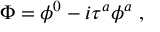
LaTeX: \Phi = \phi ^ { 0 } - i \tau ^ { a } \phi ^ { a } ~ ,